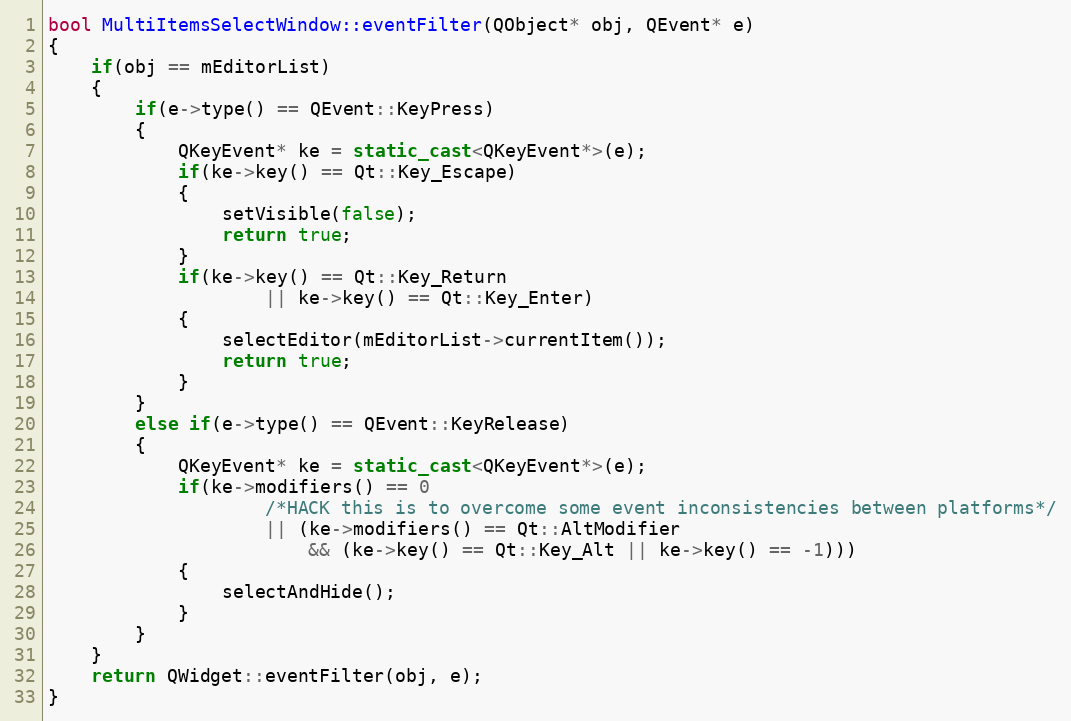
Language: C++
bool MultiItemsSelectWindow::eventFilter(QObject* obj, QEvent* e)
{
    if(obj == mEditorList)
    {
        if(e->type() == QEvent::KeyPress)
        {
            QKeyEvent* ke = static_cast<QKeyEvent*>(e);
            if(ke->key() == Qt::Key_Escape)
            {
                setVisible(false);
                return true;
            }
            if(ke->key() == Qt::Key_Return
                    || ke->key() == Qt::Key_Enter)
            {
                selectEditor(mEditorList->currentItem());
                return true;
            }
        }
        else if(e->type() == QEvent::KeyRelease)
        {
            QKeyEvent* ke = static_cast<QKeyEvent*>(e);
            if(ke->modifiers() == 0
                    /*HACK this is to overcome some event inconsistencies between platforms*/
                    || (ke->modifiers() == Qt::AltModifier
                        && (ke->key() == Qt::Key_Alt || ke->key() == -1)))
            {
                selectAndHide();
            }
        }
    }
    return QWidget::eventFilter(obj, e);
}